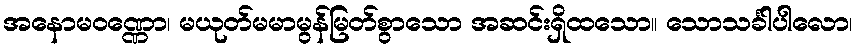
အနောမဝဏ္ဏော၊ မယုတ်မမာမွန်မြတ်စွာသော အဆင်းရှိထသော။ သောသင်္ခါပါလော၊